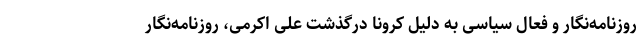
روزنامه‌نگار و فعال سیاسی به دلیل کرونا درگذشت علی اکرمی، روزنامه‌نگار